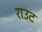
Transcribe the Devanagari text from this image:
राउट